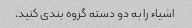
اشیاء را به دو دسته گروه بندی کنید.